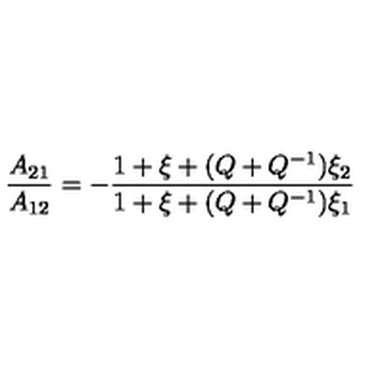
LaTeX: \frac { A _ { 2 1 } } { A _ { 1 2 } } = - \frac { 1 + \xi + ( Q + Q ^ { - 1 } ) \xi _ { 2 } } { 1 + \xi + ( Q + Q ^ { - 1 } ) \xi _ { 1 } }